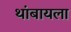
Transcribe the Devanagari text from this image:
थांबायला